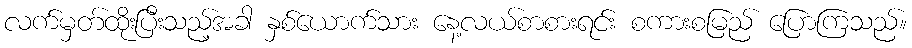
လက်မှတ်ထိုးပြီးသည့်အခါ နှစ်ယောက်သား နေ့လယ်စာစားရင်း စကားစမြည် ပြောကြသည်။